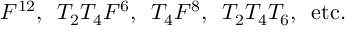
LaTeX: F ^ { 1 2 } , \, \, \, T _ { 2 } T _ { 4 } F ^ { 6 } , \, \, \, T _ { 4 } F ^ { 8 } , \, \, \, T _ { 2 } T _ { 4 } T _ { 6 } , \, \, \, \mathrm { e t c . }